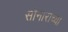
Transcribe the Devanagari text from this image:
सोनाराच्या